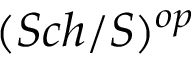
( S c h / S ) ^ { o p }